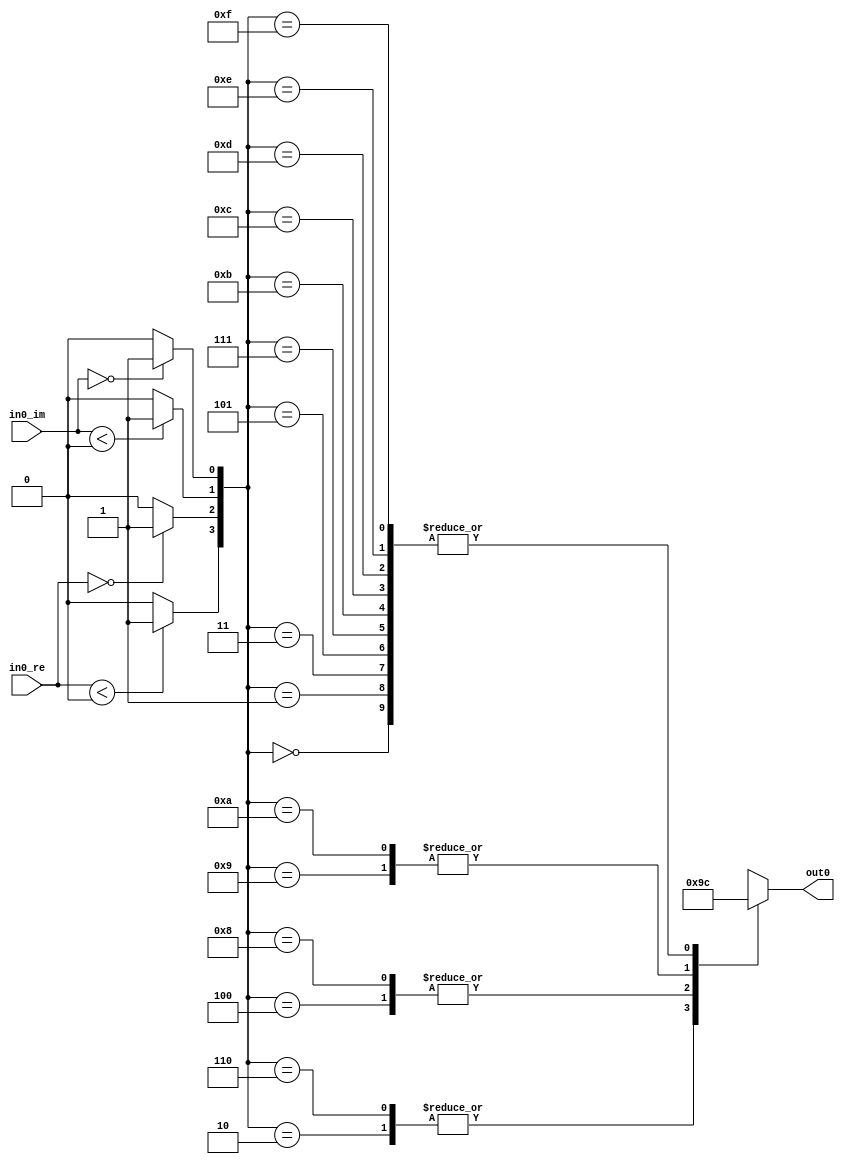
module QPSK_Demodulator_Baseband
          (
           in0_re,
           in0_im,
           out0
          );


  input   signed [15:0] in0_re;  // sfix16_En15
  input   signed [15:0] in0_im;  // sfix16_En15
  output  [1:0] out0;  // ufix2


  wire inphase_lt_zero;
  wire inphase_eq_zero;
  wire quadrature_lt_zero;
  wire quadrature_eq_zero;
  wire [3:0] decisionLUTaddr;  // ufix4
  wire [1:0] DirectLookupTable_1 [0:15];  // ufix2 [16]
  wire [1:0] hardDecision;  // ufix2


  assign inphase_lt_zero = (in0_re < 16'sb0000000000000000 ? 1'b1 :
              1'b0);



  assign inphase_eq_zero = (in0_re == 16'sb0000000000000000 ? 1'b1 :
              1'b0);



  assign quadrature_lt_zero = (in0_im < 16'sb0000000000000000 ? 1'b1 :
              1'b0);



  assign quadrature_eq_zero = (in0_im == 16'sb0000000000000000 ? 1'b1 :
              1'b0);



  assign decisionLUTaddr = {inphase_lt_zero, inphase_eq_zero, quadrature_lt_zero, quadrature_eq_zero};



  assign DirectLookupTable_1[0] = 2'b00;
  assign DirectLookupTable_1[1] = 2'b00;
  assign DirectLookupTable_1[2] = 2'b10;
  assign DirectLookupTable_1[3] = 2'b00;
  assign DirectLookupTable_1[4] = 2'b01;
  assign DirectLookupTable_1[5] = 2'b00;
  assign DirectLookupTable_1[6] = 2'b10;
  assign DirectLookupTable_1[7] = 2'b00;
  assign DirectLookupTable_1[8] = 2'b01;
  assign DirectLookupTable_1[9] = 2'b11;
  assign DirectLookupTable_1[10] = 2'b11;
  assign DirectLookupTable_1[11] = 2'b00;
  assign DirectLookupTable_1[12] = 2'b00;
  assign DirectLookupTable_1[13] = 2'b00;
  assign DirectLookupTable_1[14] = 2'b00;
  assign DirectLookupTable_1[15] = 2'b00;
  assign hardDecision = DirectLookupTable_1[decisionLUTaddr];



  assign out0 = hardDecision;

endmodule